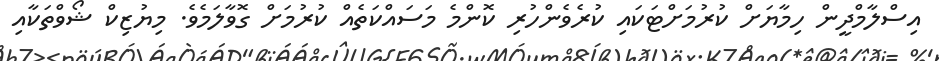
އިސްލާމްދީން ހިމާޔަށް ކުރުމަށްޓަކައި ކުރެވެންހުރި ކޮންމެ މަސައްކަތެއް ކުރުމަށް ގޮވާލަމެވެ. މިޔުޒިކް ޝޯވްތަކާއި